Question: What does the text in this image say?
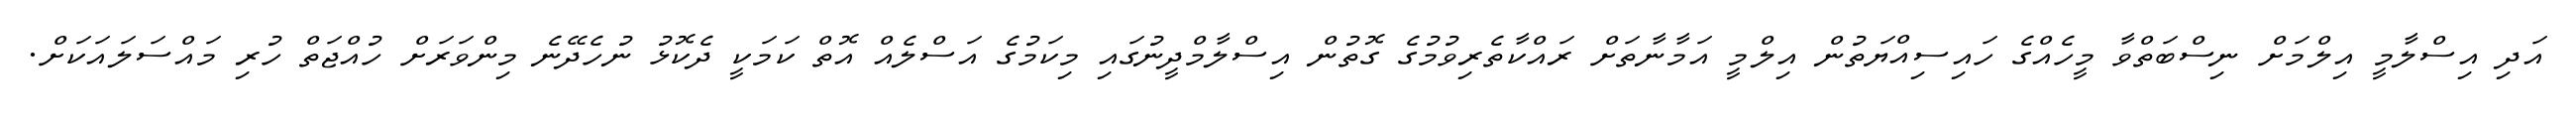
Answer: އަދި އިސްލާމީ އިލްމަށް ނިސްބަތްވާ މީހެއްގެ ހައިސިއްޔަތުން އިލްމީ އަމާނާތަށް ރައްކާތެރިވުމުގެ ގޮތުން އިސްލާމްދީނުގައި މިކަމުގެ އަސްލެއް އޮތް ކަމަކީ ދެކޮޅު ނުހެދޭނެ މިންވަރަށް ހުއްޖަތް ހުރި މައްސަލައަކަށް.